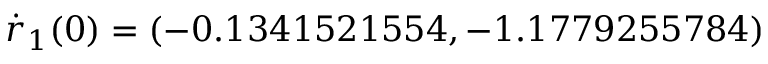
\dot { r } _ { 1 } ( 0 ) = ( - 0 . 1 3 4 1 5 2 1 5 5 4 , - 1 . 1 7 7 9 2 5 5 7 8 4 )